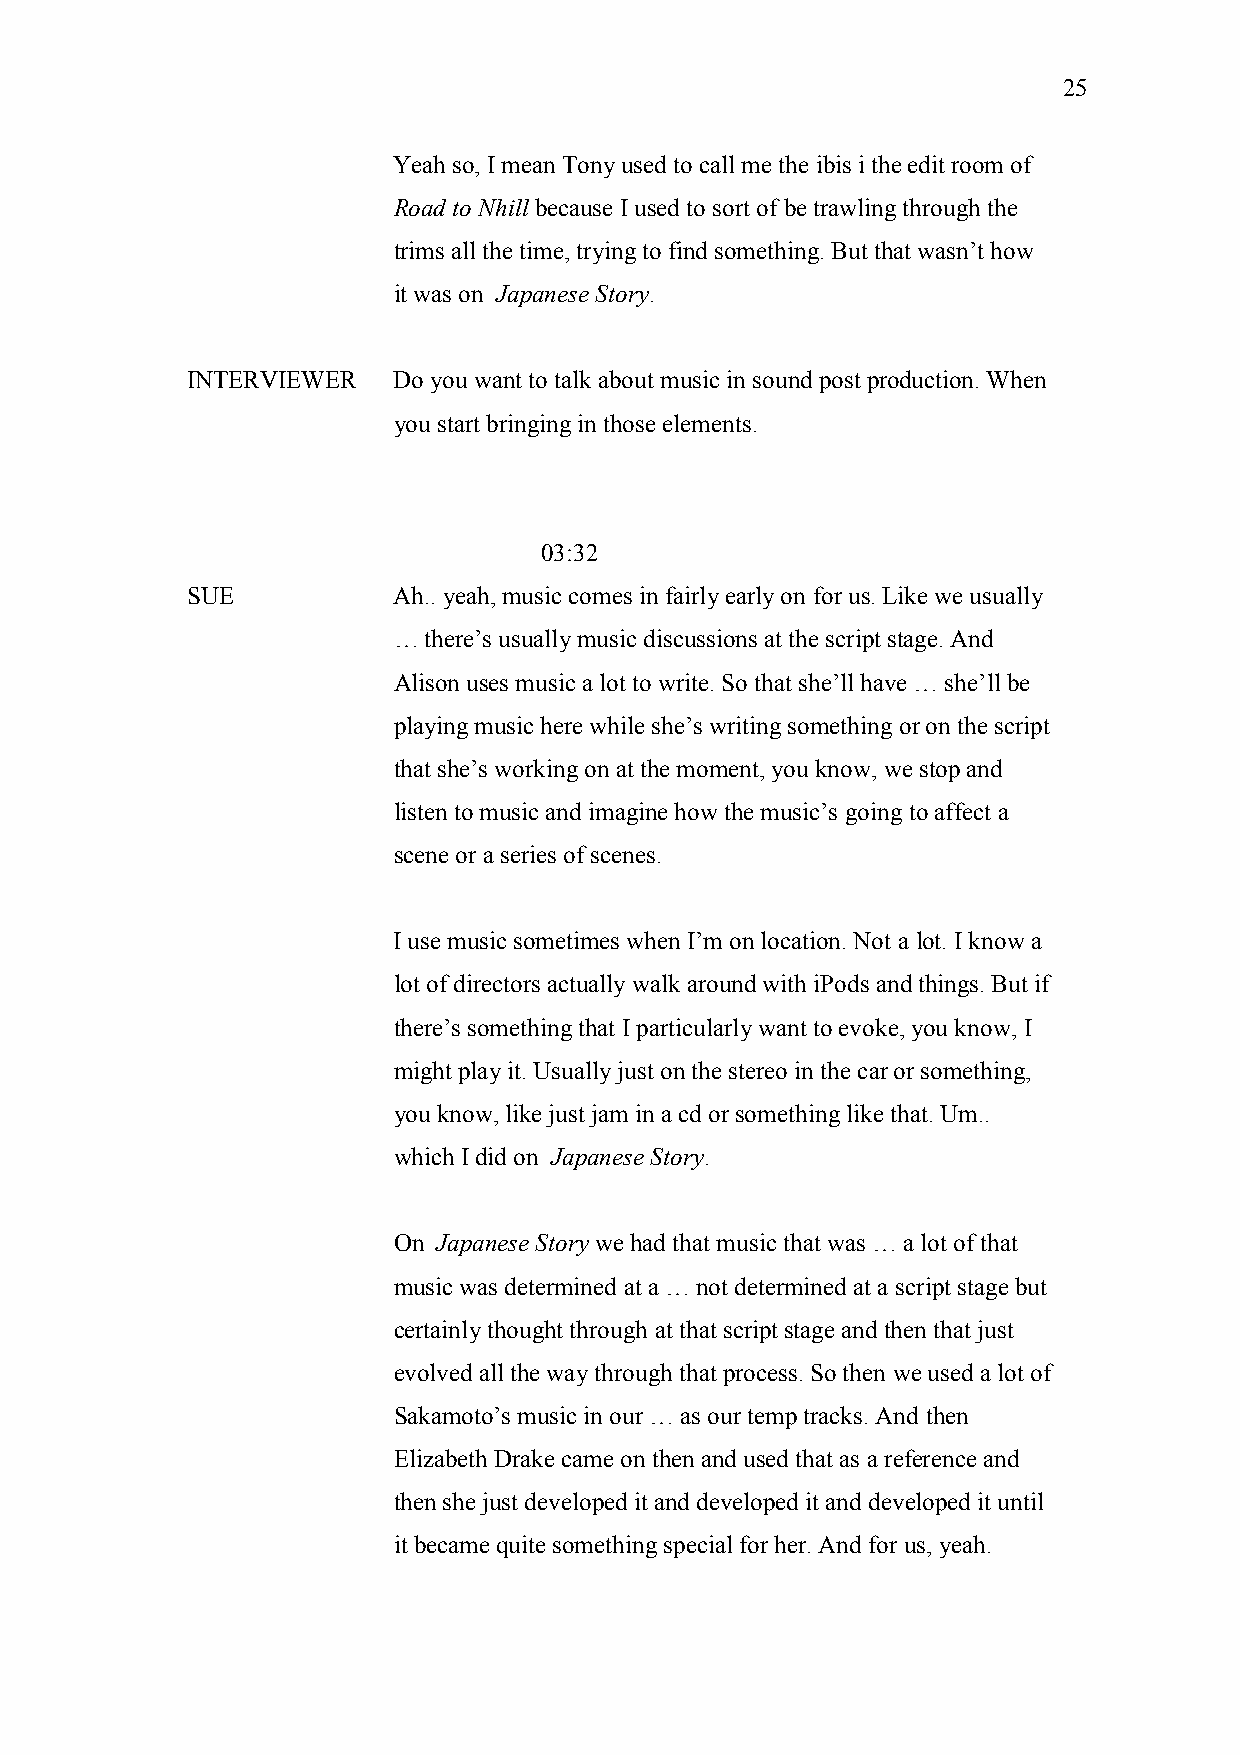
25
 Yeah so, I mean Tony used to call me the ibis i the edit room of
 Road to Nhill because I used to sort of be trawling through the
 trims all the time, trying to find something. But that wasn’t how
 it was on Japanese Story.
 INTERVIEWER   Do you want to talk about music in sound post production. When
 you start bringing in those elements.
 03:32
 SUE           Ah.. yeah, music comes in fairly early on for us. Like we usually
 … there’s usually music discussions at the script stage. And
 Alison uses music a lot to write. So that she’ll have … she’ll be
 playing music here while she’s writing something or on the script
 that she’s working on at the moment, you know, we stop and
 listen to music and imagine how the music’s going to affect a
 scene or a series of scenes.
 I use music sometimes when I’m on location. Not a lot. I know a
 lot of directors actually walk around with iPods and things. But if
 there’s something that I particularly want to evoke, you know, I
 might play it. Usually just on the stereo in the car or something,
 you know, like just jam in a cd or something like that. Um..
 which I did on Japanese Story.
 On Japanese Story we had that music that was … a lot of that
 music was determined at a … not determined at a script stage but
 certainly thought through at that script stage and then that just
 evolved all the way through that process. So then we used a lot of
 Sakamoto’s music in our … as our temp tracks. And then
 Elizabeth Drake came on then and used that as a reference and
 then she just developed it and developed it and developed it until
 it became quite something special for her. And for us, yeah.